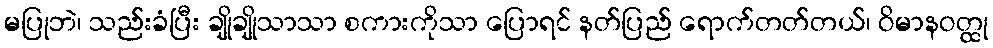
မပြုဘဲ၊ သည်းခံပြီး ချိုချိုသာသာ စကားကိုသာ ပြောရင် နတ်ပြည် ရောက်တတ်တယ်၊ ဝိမာနဝတ္ထု